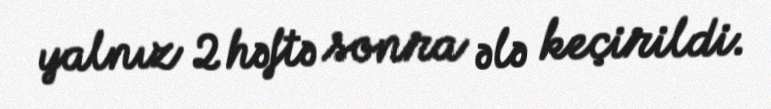
yalnız 2 həftə sonra ələ keçirildi.